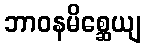
ဘာဝနမိစ္ဆေယျ